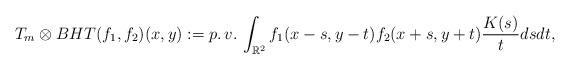
LaTeX: \begin{align*} T_{m}\otimes BHT(f_{1},f_{2})(x,y):=p. \, v. \, \int_{\mathbb{R}^{2}}f_{1}(x-s,y-t)f_{2}(x+s,y+t)\frac{K(s)}{t}dsdt,\end{align*}